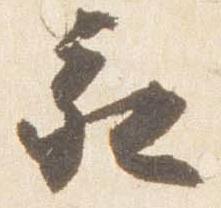
亥